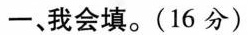
一、我会填。(16分)